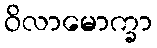
ဝိလာမောက္ခာ